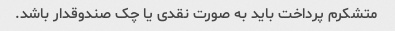
متشکرم پرداخت باید به صورت نقدی یا چک صندوقدار باشد.